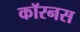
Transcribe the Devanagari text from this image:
कॉरनस